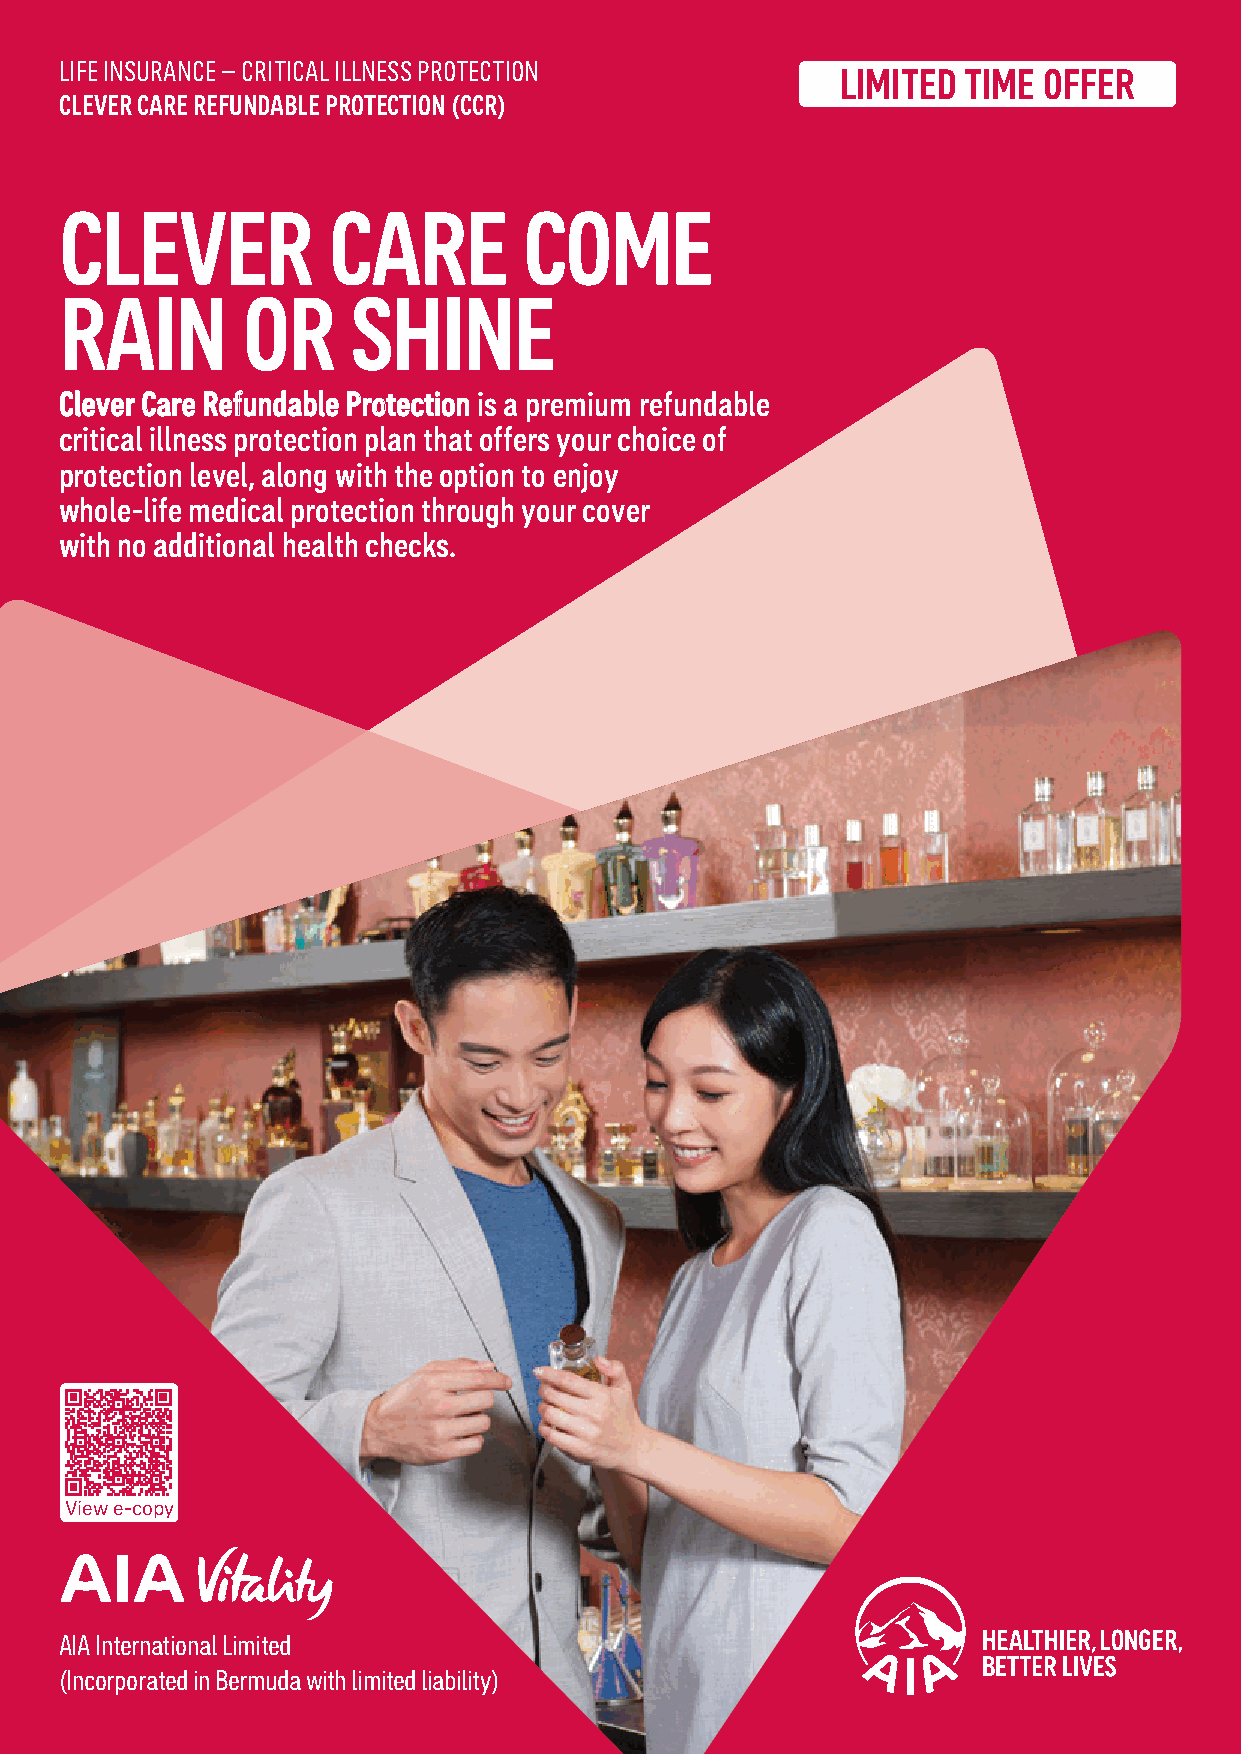
LIFE INSURANCE – CRITICAL ILLNESS PROTECTION
 LIMITED TIME OFFER
 CLEVER CARE REFUNDABLE PROTECTION (CCR)
 CLEVER            CARE         COME
 RAIN        OR     SHINE
 Clever Care Refundable Protection is a premium refundable
 critical illness protection plan that offers your choice of
 protection level, along with the option to enjoy
 whole-life medical protection through your cover
 with no additional health checks.
 View e-copy
 AIA International Limited
 (Incorporated in Bermuda with limited liability)